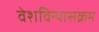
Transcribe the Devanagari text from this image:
वेशविन्यासक्रम